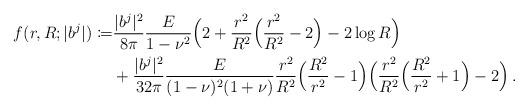
LaTeX: \begin{align*}\begin{aligned}f(r,R;|b^j|)\coloneqq&\frac{|b^j|^2}{8\pi}\frac{E}{1-\nu^2}\Big(2+\frac{r^2}{R^2}\Big(\frac{r^2}{R^2}-2\Big)-2\log R\Big)\\&+\frac{|b^j|^2}{32\pi}\frac{E}{(1-\nu)^2(1+\nu)}\frac{r^2}{R^2}\Big(\frac{R^2}{r^2}-1\Big)\Big(\frac{r^2}{R^2}\Big(\frac{R^2}{r^2}+1\Big)-2\Big)\,.\end{aligned}\end{align*}